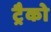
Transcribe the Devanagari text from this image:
ट्रैको